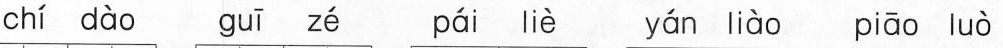
chí dào guī zé páī liè yán liào piāa luò